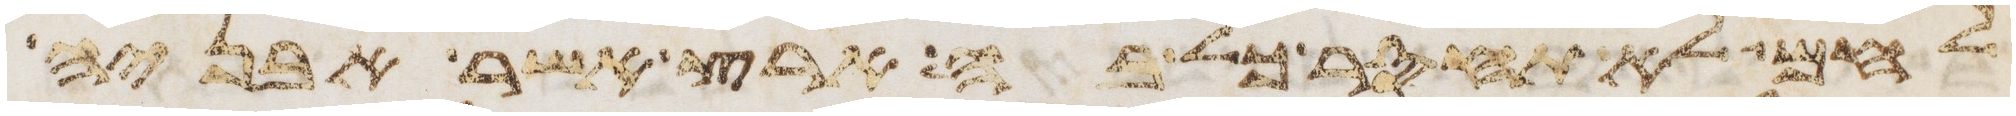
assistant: לחם לא תחסר כל בה ארץ אשר אבניה